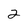
Character: 2